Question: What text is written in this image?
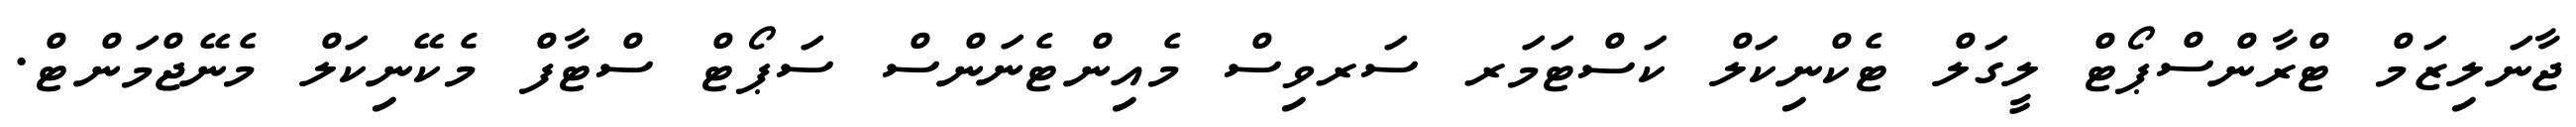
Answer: ޖާނަލިޒަމް ޓްރާންސްޕޯޓް ލީގަލް ޓެކްނިކަލް ކަސްޓަމަރ ސަރވިސް މެއިންޓެނަންސް ސަޕޯޓް ސްޓާފް މެކޭނިކަލް މެނޭޖްމަންޓް.